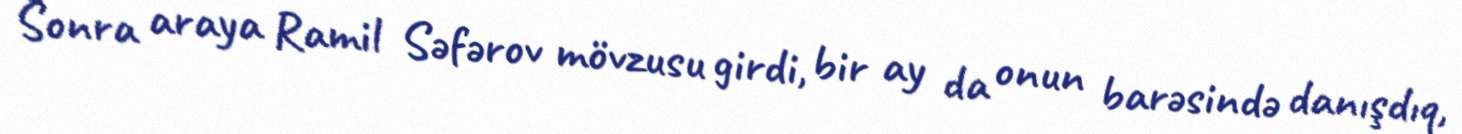
Sonra araya Ramil Səfərov mövzusu girdi, bir ay da onun barəsində danışdıq,